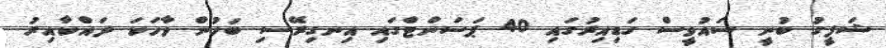
ޝަފީގު ބުނީ ސައުވީސް ގަޑިއިރުގައި 40 ޕަސަންޓްގައި އިނގިރޭސި ބަހުން ވާހަކަ ދައްކާއިރު